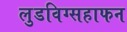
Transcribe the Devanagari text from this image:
लुडविग्सहाफन